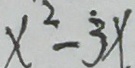
x ^ { 2 } - \dot { 3 } x